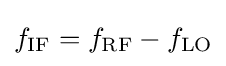
f_{\mathrm {IF} }=f_{\mathrm {RF} }-f_{\mathrm {LO} }